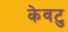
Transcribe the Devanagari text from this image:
केवटु